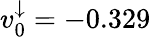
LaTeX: v_{0}^{\downarrow}=-0.329